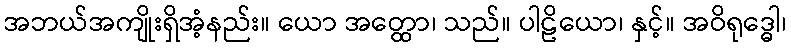
အဘယ်အကျိုးရှိအံ့နည်း။ ယော အတ္ထော၊ သည်။ ပါဠိယော၊ နှင့်။ အဝိရုဒ္ဓေါ၊